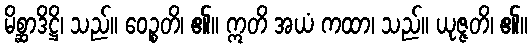
မိစ္ဆာဒိဋ္ဌိ၊ သည်။ ဝေဉ္စတိ၊ ၏။ ဣတိ အယံ ကထာ၊ သည်။ ယုဇ္ဇတိ၊ ၏။